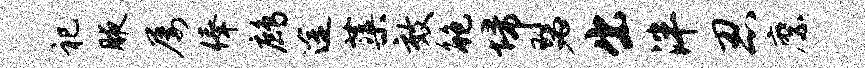
祀腋屡俸鹧途蕖效鲍埽瑟出泮忍縻